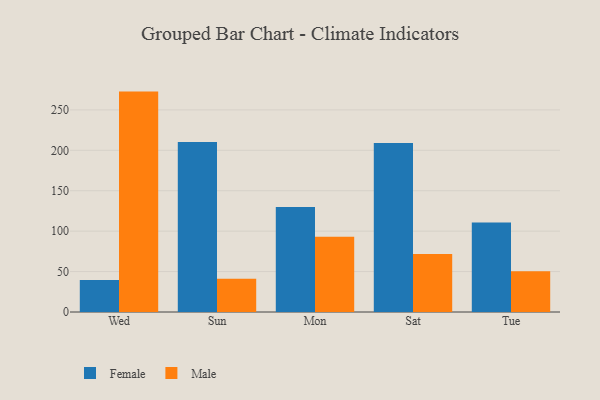
{"axis": {"x": "Day", "y": "Shipments"}, "legend": ["Female", "Male"], "data": [{"x": "Wed", "y": 39.5, "type": "Female"}, {"x": "Wed", "y": 272.6, "type": "Male"}, {"x": "Sun", "y": 210.2, "type": "Female"}, {"x": "Sun", "y": 41.0, "type": "Male"}, {"x": "Mon", "y": 129.8, "type": "Female"}, {"x": "Mon", "y": 93.1, "type": "Male"}, {"x": "Sat", "y": 209.0, "type": "Female"}, {"x": "Sat", "y": 71.8, "type": "Male"}, {"x": "Tue", "y": 110.6, "type": "Female"}, {"x": "Tue", "y": 50.4, "type": "Male"}]}